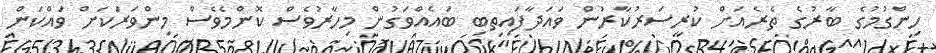
ހިންގުމުގެ ބާރުގެ ތެރެއަށް ކުރީސަރުކާރުން ވައަދާފައިތިބި ބައެއްވަގުން މިހާރުވެސް ކޮންމެވެސް މިންވަރަކަށް ވައްކަން